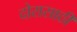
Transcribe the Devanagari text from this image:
दोरासाठी